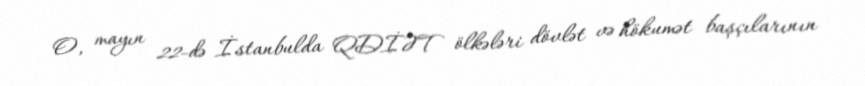
O, mayın 22-də İstanbulda QDİƏT ölkələri dövlət və hökumət başçılarının